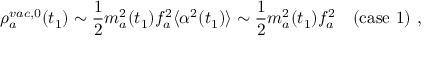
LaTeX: \rho _ { a } ^ { v a c , 0 } ( t _ { 1 } ) \sim { \frac { 1 } { 2 } } m _ { a } ^ { 2 } ( t _ { 1 } ) f _ { a } ^ { 2 } \langle \alpha ^ { 2 } ( t _ { 1 } ) \rangle \sim { \frac { 1 } { 2 } } m _ { a } ^ { 2 } ( t _ { 1 } ) f _ { a } ^ { 2 } ~ ~ ~ \mathrm { ( c a s e ~ 1 ) } \ ,